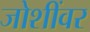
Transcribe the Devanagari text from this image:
जोशींवर